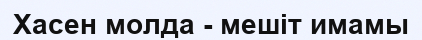
Хасен молда - мешіт имамы